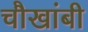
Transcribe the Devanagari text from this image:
चौखांबी